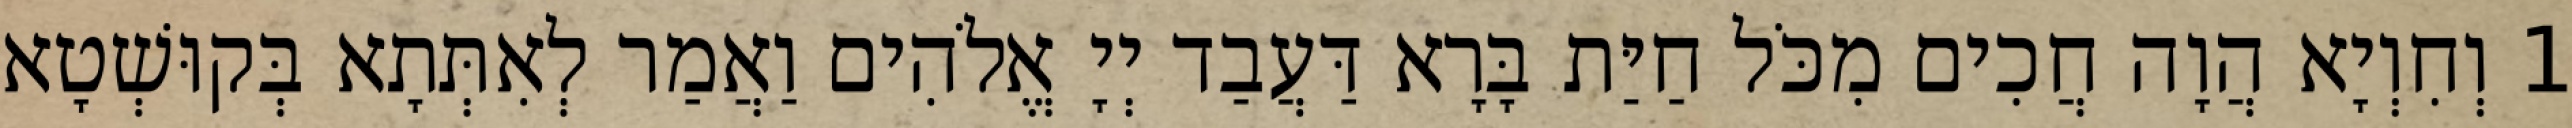
1 וְחִוְיָא הֲוָה חֲכִים מִכֹּל חַיַּת בָּרָא דַּעֲבַד יְיָ אֱלֹהִים וַאֲמַר לְאִתְּתָא בְּקוּשְׁטָא